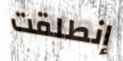
إنطلقت